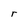
Character: r